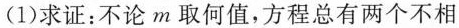
(1)求证：不论m取何值，方程总有两个不相